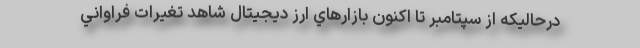
درحالیکه از سپتامبر تا اكنون بازارهاي ارز ديجيتال شاهد تغيرات فراواني